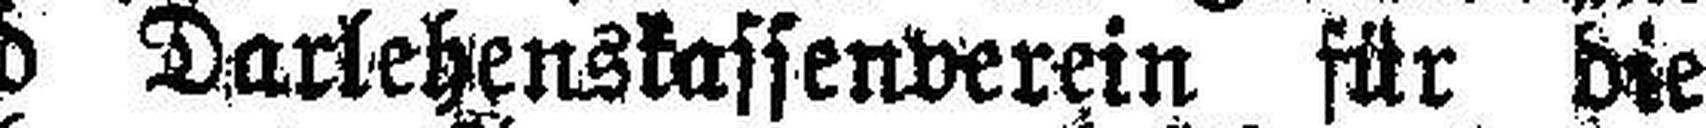
Im Spar= und Darlehenskassenverein für die